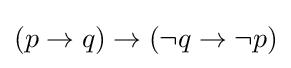
(p\rightarrow q)\rightarrow (\neg q\rightarrow \neg p)